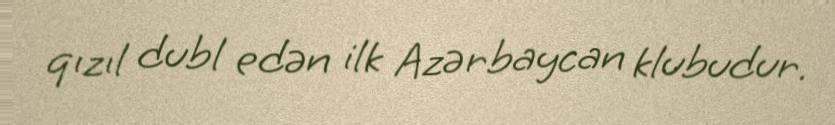
qızıl dubl edən ilk Azərbaycan klubudur.